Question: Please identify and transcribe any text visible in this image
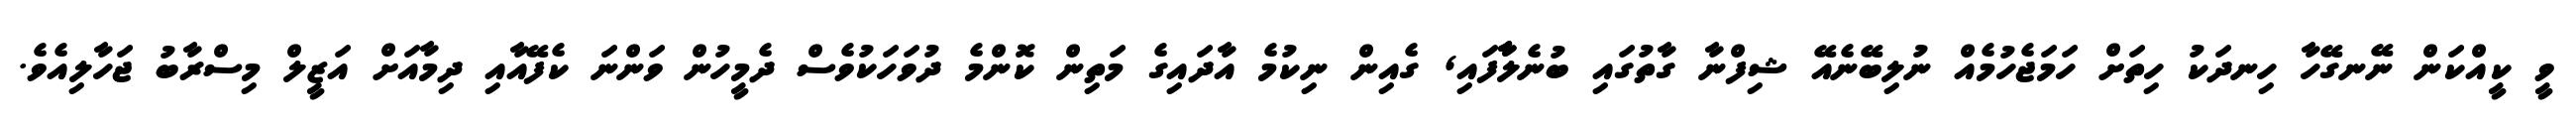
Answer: ވީ ކީއްކަން ނޭނގޭހާ ހިނދަކު ހިތަށް ހަމަޖެހުމެއް ނުލިބޭނެއޭ ޝިފްނާ ގާތުގައި ބުނެލާާފައި, ގެއިން ނިކުމެ އާދައިގެ މަތިން ކޮންމެ ދުވަހަކުވެސް ދެމީހުން ވަންނަ ކެފޭއާއި ދިމާއަށް އަޒީލް މިސްރާބު ޖަހާލިއެވެ.